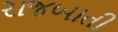
રાજબાતી